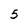
Character: 5